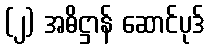
(၂) အဓိဋ္ဌာန် ဆောင်ပုဒ်